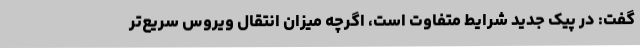
گفت: در پیک جدید شرایط متفاوت است، اگرچه میزان انتقال ویروس سریع‌تر